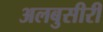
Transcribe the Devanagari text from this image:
अलबुसीरी